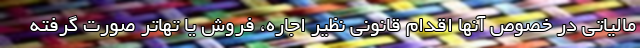
مالیاتی در خصوص آنها اقدام قانونی نظیر اجاره، فروش یا تهاتر صورت گرفته